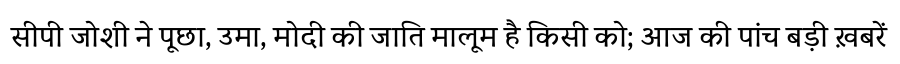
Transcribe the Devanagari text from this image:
सीपी जोशी ने पूछा, उमा, मोदी की जाति मालूम है किसी को; आज की पांच बड़ी ख़बरें